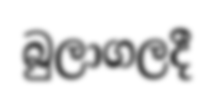
බුලාගලදී